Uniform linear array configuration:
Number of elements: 64
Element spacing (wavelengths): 0.75
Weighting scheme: kaiser
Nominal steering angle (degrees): -60
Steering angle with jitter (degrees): -61.805
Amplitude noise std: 0.05
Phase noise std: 0.05

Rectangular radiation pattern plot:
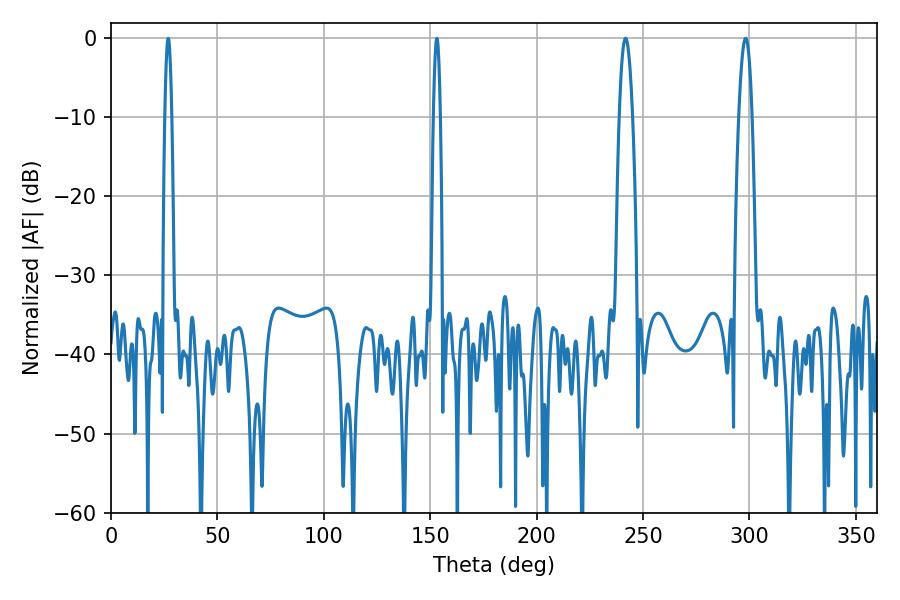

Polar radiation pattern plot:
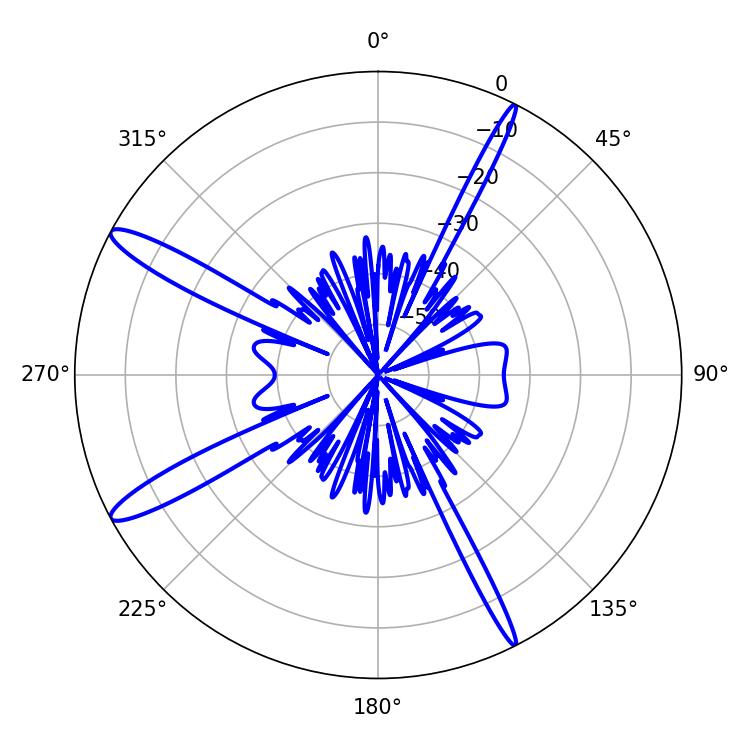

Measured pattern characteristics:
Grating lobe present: TRUE
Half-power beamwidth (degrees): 3.42
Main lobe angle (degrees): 241.74